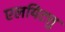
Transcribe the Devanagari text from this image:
एलयिटत्तु